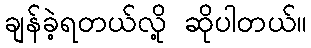
ချန်ခဲ့ရတယ်လို့ ဆိုပါတယ်။